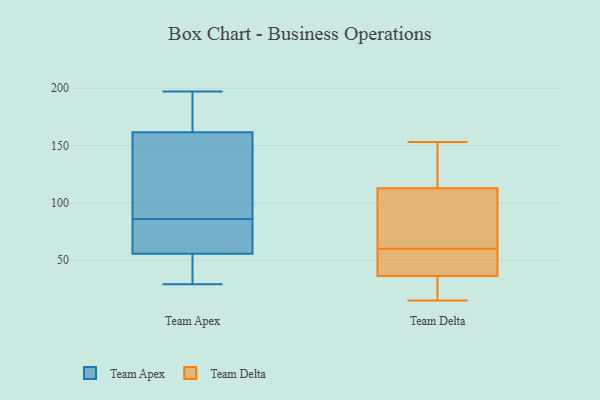
{"axis": {"x": "Net Income (USD K)", "y": "Value"}, "legend": ["Team Apex", "Team Delta"], "data": [{"x": "", "y": 169, "type": "Team Apex"}, {"x": "", "y": 86, "type": "Team Apex"}, {"x": "", "y": 144, "type": "Team Apex"}, {"x": "", "y": 163, "type": "Team Apex"}, {"x": "", "y": 67, "type": "Team Apex"}, {"x": "", "y": 29, "type": "Team Apex"}, {"x": "", "y": 161, "type": "Team Apex"}, {"x": "", "y": 111, "type": "Team Apex"}, {"x": "", "y": 197, "type": "Team Apex"}, {"x": "", "y": 47, "type": "Team Apex"}, {"x": "", "y": 55, "type": "Team Apex"}, {"x": "", "y": 114, "type": "Team Apex"}, {"x": "", "y": 48, "type": "Team Apex"}, {"x": "", "y": 62, "type": "Team Apex"}, {"x": "", "y": 56, "type": "Team Apex"}, {"x": "", "y": 194, "type": "Team Apex"}, {"x": "", "y": 85, "type": "Team Apex"}, {"x": "", "y": 111, "type": "Team Delta"}, {"x": "", "y": 100, "type": "Team Delta"}, {"x": "", "y": 31, "type": "Team Delta"}, {"x": "", "y": 59, "type": "Team Delta"}, {"x": "", "y": 38, "type": "Team Delta"}, {"x": "", "y": 108, "type": "Team Delta"}, {"x": "", "y": 128, "type": "Team Delta"}, {"x": "", "y": 153, "type": "Team Delta"}, {"x": "", "y": 15, "type": "Team Delta"}, {"x": "", "y": 45, "type": "Team Delta"}, {"x": "", "y": 31, "type": "Team Delta"}, {"x": "", "y": 118, "type": "Team Delta"}, {"x": "", "y": 60, "type": "Team Delta"}]}